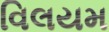
વિલયમ